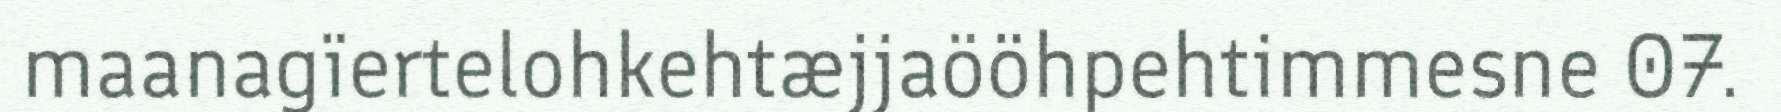
maanagïertelohkehtæjjaööhpehtimmesne 07.